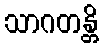
သာဂတန္တိ